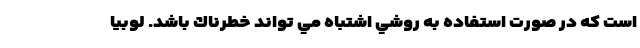
است كه در صورت استفاده به روشي اشتباه مي تواند خطرناك باشد. لوبيا